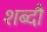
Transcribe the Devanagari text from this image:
शब्दौं